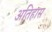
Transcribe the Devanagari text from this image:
अतिहास